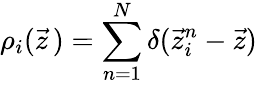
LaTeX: \rho_{i}(\vec{z}\, )=\sum_{n=1}^{N}\delta(\vec{z}_{i}^{n}-\vec{z})